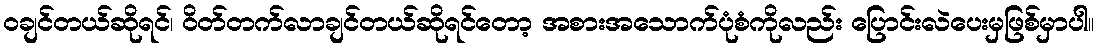
၀ချင်တယ်ဆိုရင်၊ ဝိတ်တက်လာချင်တယ်ဆိုရင်တော့ အစားအသောက်ပုံစံကိုလည်း ပြောင်းလဲပေးမှဖြစ်မှာပါ။